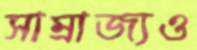
সাম্রাজ্যও